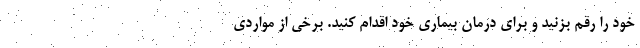
خود را رقم بزنید و برای درمان بیماری خود اقدام کنید. برخی از مواردی